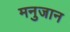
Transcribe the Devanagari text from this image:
मनुजान